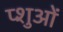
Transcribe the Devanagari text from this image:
प्शुओं